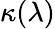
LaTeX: \kappa(\lambda)